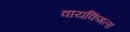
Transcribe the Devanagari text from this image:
वायकिंगला